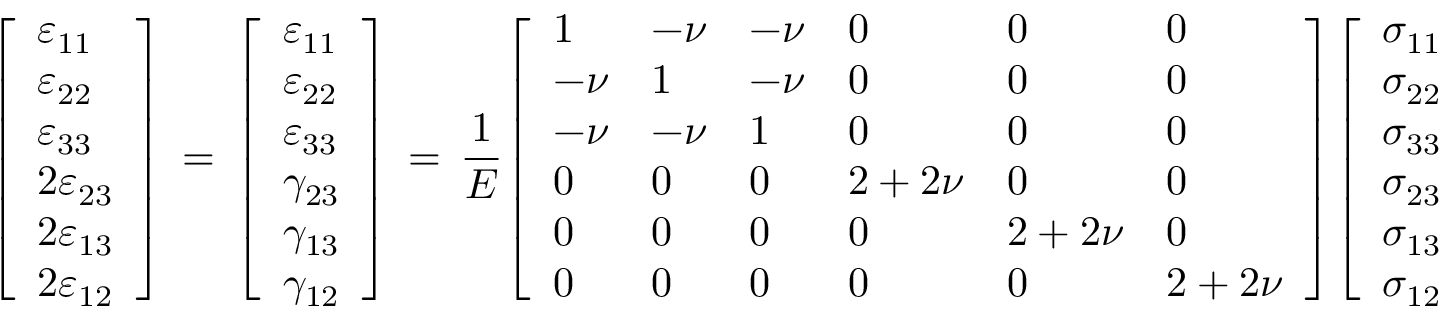
{ \left[ \begin{array} { l } { \varepsilon _ { 1 1 } } \\ { \varepsilon _ { 2 2 } } \\ { \varepsilon _ { 3 3 } } \\ { 2 \varepsilon _ { 2 3 } } \\ { 2 \varepsilon _ { 1 3 } } \\ { 2 \varepsilon _ { 1 2 } } \end{array} \right] } \, = \, { \left[ \begin{array} { l } { \varepsilon _ { 1 1 } } \\ { \varepsilon _ { 2 2 } } \\ { \varepsilon _ { 3 3 } } \\ { \gamma _ { 2 3 } } \\ { \gamma _ { 1 3 } } \\ { \gamma _ { 1 2 } } \end{array} \right] } \, = \, { \frac { 1 } { E } } { \left[ \begin{array} { l l l l l l } { 1 } & { - \nu } & { - \nu } & { 0 } & { 0 } & { 0 } \\ { - \nu } & { 1 } & { - \nu } & { 0 } & { 0 } & { 0 } \\ { - \nu } & { - \nu } & { 1 } & { 0 } & { 0 } & { 0 } \\ { 0 } & { 0 } & { 0 } & { 2 + 2 \nu } & { 0 } & { 0 } \\ { 0 } & { 0 } & { 0 } & { 0 } & { 2 + 2 \nu } & { 0 } \\ { 0 } & { 0 } & { 0 } & { 0 } & { 0 } & { 2 + 2 \nu } \end{array} \right] } { \left[ \begin{array} { l } { \sigma _ { 1 1 } } \\ { \sigma _ { 2 2 } } \\ { \sigma _ { 3 3 } } \\ { \sigma _ { 2 3 } } \\ { \sigma _ { 1 3 } } \\ { \sigma _ { 1 2 } } \end{array} \right] }